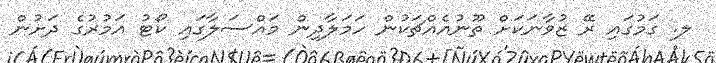
ލ. ގަމުގައި ރޭ ޒުވާނަކަށް ތޫނުއެއްޗަކުން ހަމަލާދިން މައްސަލާގައި ކޯޓު އަމުރުގެ ދަށުން